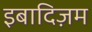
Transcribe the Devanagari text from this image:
इबादिज़म